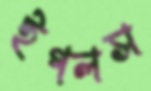
ইগলস